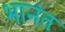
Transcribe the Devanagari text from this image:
भानंत